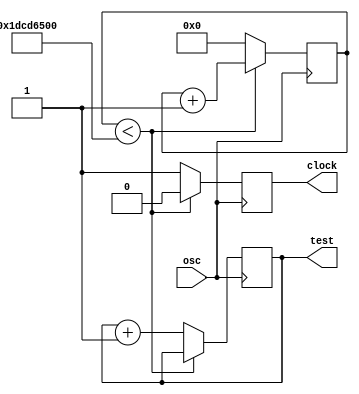
module slow_clock(osc, clock, test);

input osc;
output reg clock;
output reg test;
reg [31:0] keep;

always@(posedge osc)
begin

if (keep<32'd500000000)
begin
keep<=keep+1;
clock<=1'b0;
end

else
begin
clock=1'b1;
test<=test+1;
keep=32'b0;
end

end

endmodule